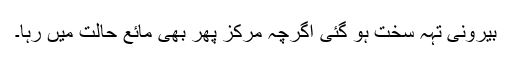
بیرونی تہہ سخت ہو گئی اگرچہ مرکز پھر بھی مائع حالت میں رہا۔